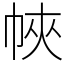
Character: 𢂿